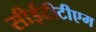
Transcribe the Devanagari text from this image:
सीईटीटीएम